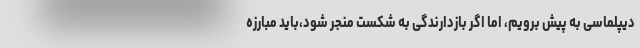
دیپلماسی به پیش برویم، اما اگر بازدارندگی به شکست منجر شود،باید مبارزه